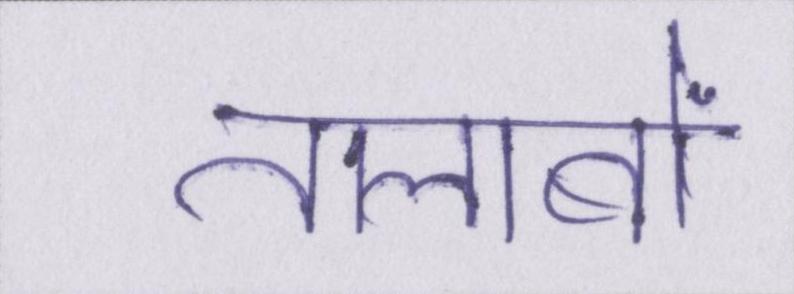
तालाबों